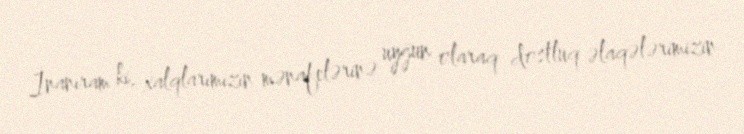
İnanıram ki, xalqlarımızın mənafelərinə uyğun olaraq dostluq əlaqələrimizin